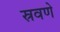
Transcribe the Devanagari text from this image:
स्रवणे